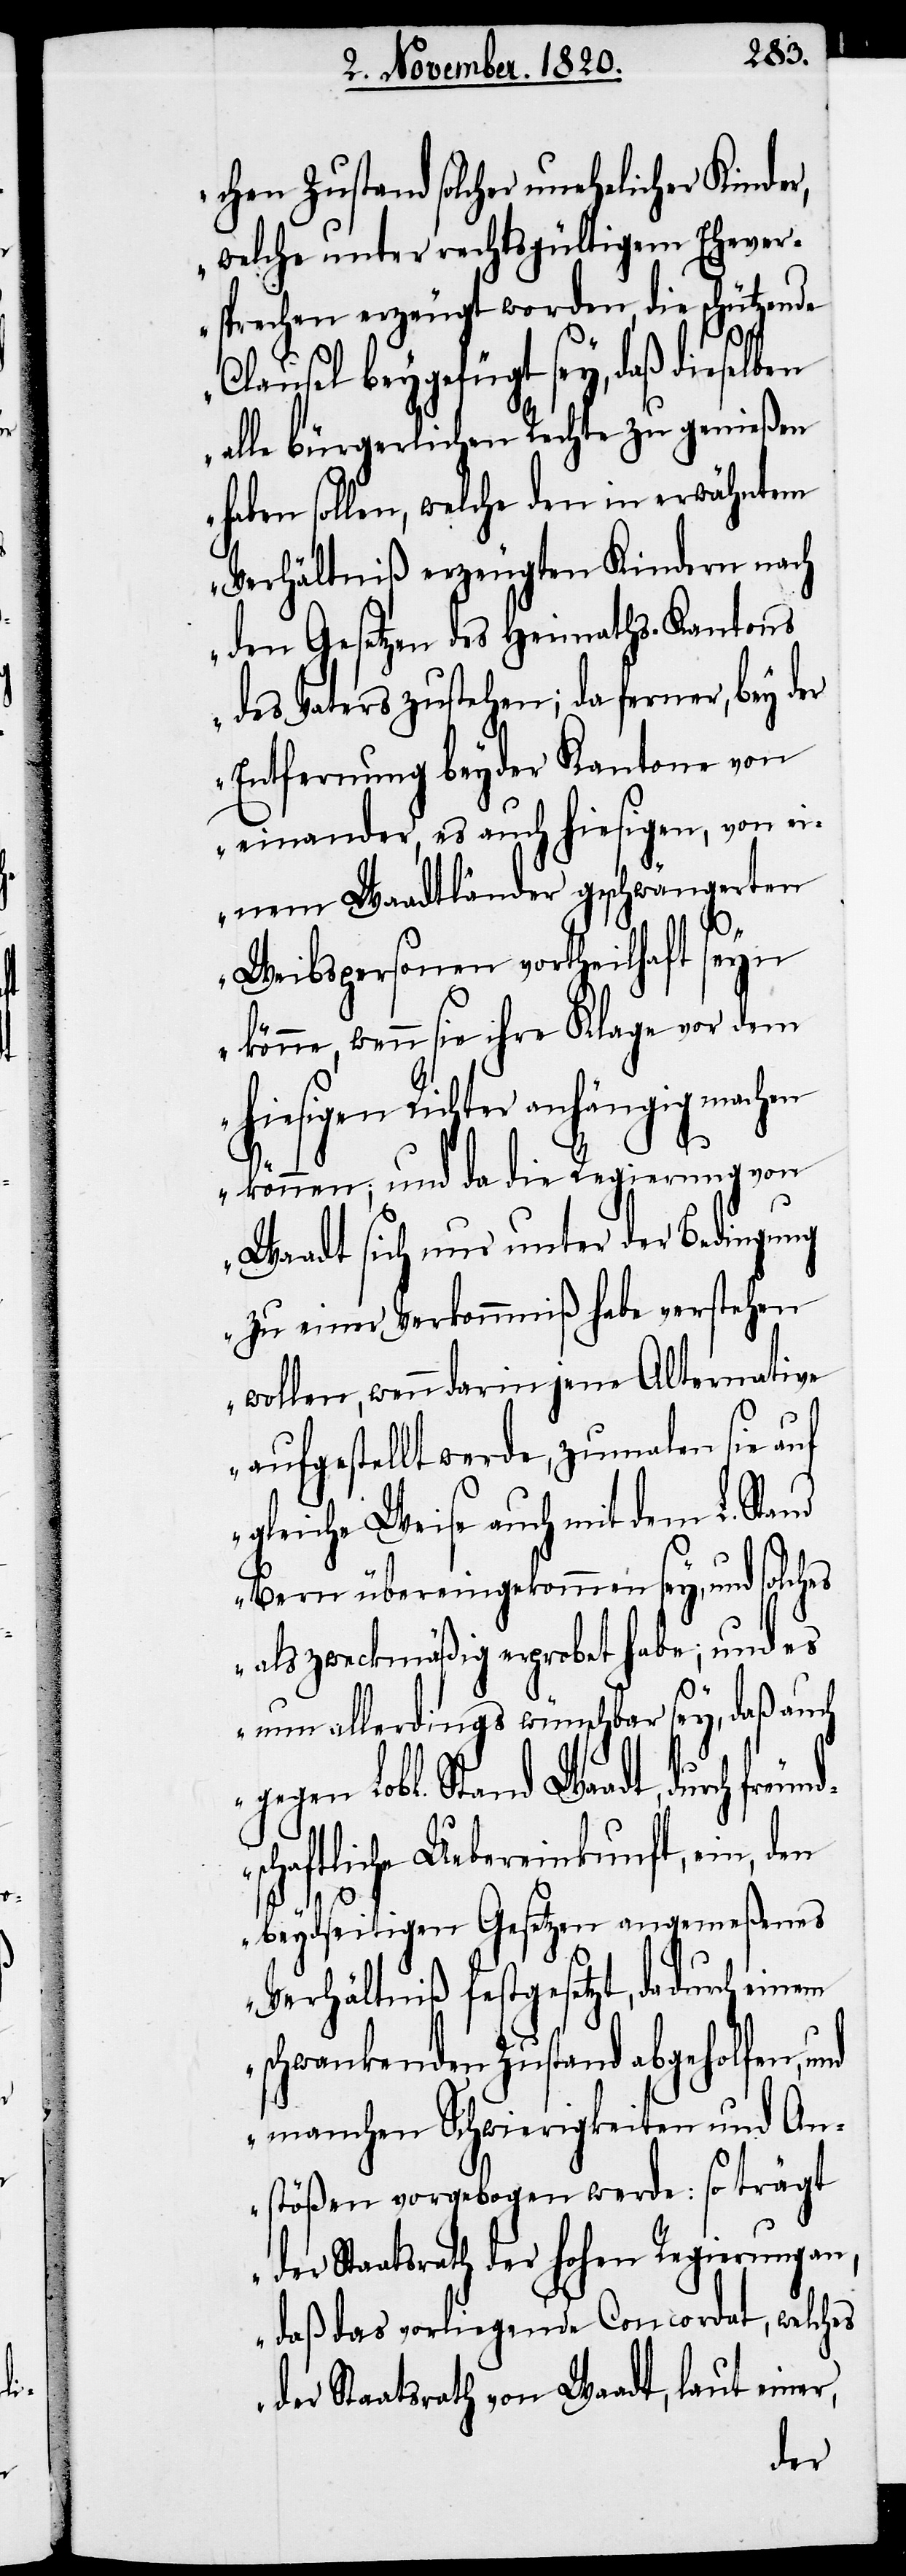
freund¬

chen Zustand solcher unehelicher Kinde¬
welche unter rechtsgültigem Ehever¬
sprechen erzeugt worden, die schützende
Clausel beygefügt sey, daß dieselb¬
alle bürgerlichen Rechte zu genießen
haben sollen, welche den in erwähntem
Verhältniß erzeugten Kindern nach
den Gesetzen des Heimaths-Kantons
des Vaters zustehen; da ferner, bey der
Entfernung beyder Kantone von
einander, es auch hiesigen, von ei¬
nem Waadtländer geschwängerten
Weibspersonen vortheilhaft seyn
könne, wenn sie ihre Klage vor dem
hiesigen Richter anhängig machen
können; und da die Regierung von
Waadt sich nur unter der Bedingung
zu einer Verkommniß habe verstehen
wollen, wenn darin jene Alternative
aufgestellt werde, zumalen sie auf
gleiche Weise auch mit dem L. Stand
Bern übereingekommen sey, und solches
als zweckmäßig erprobet habe; und es
nun allerdings wünschbar sey, daß auch
gegen Lobl. Stand Waadt, durch
schaftliche Uebereinkunft, ein, den
beydseitigen Gesetzen angemeßenes
Verhältniß festgesetzt, dadurch einem
schwankenden Zustand abgeholfen, u¬
nd manchen Schwierigkeiten und An¬
stößen vorgebogen werden. So trägt
der Staatsrath der hohen Regierung an,
daß das vorliegende Concordat, welches
der Staatsrath von Waadt, laut einer,